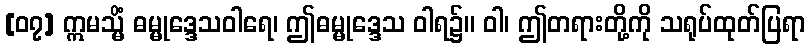
[၀၇] ဣမသ္မိံ ဓမ္မုဒ္ဒေသဝါရေ၊ ဤဓမ္မုဒ္ဒေသ ဝါရ၌။ ဝါ၊ ဤတရားတို့ကို သရုပ်ထုတ်ပြရာ